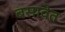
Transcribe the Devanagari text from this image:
बसावेत